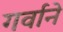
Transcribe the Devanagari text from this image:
गर्वाने